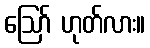
ဪ ဟုတ်လား။